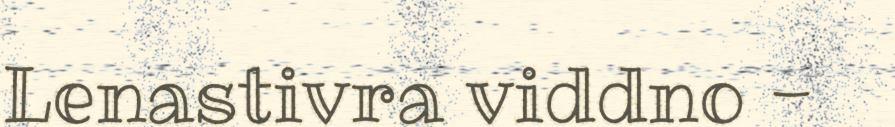
Lenastivra viddno -